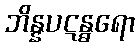
ဘိန္နပဋန္ဓရော